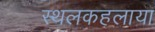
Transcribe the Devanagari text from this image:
स्थलकहलाया